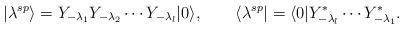
LaTeX: \begin{align*}|\lambda^{sp}\rangle=Y_{-\lambda_1}Y_{-\lambda_2}\cdots Y_{-\lambda_l}|0\rangle, \qquad\langle \lambda^{sp}|=\langle 0|Y^*_{-\lambda_l}\cdots Y^*_{-\lambda_1}.\end{align*}